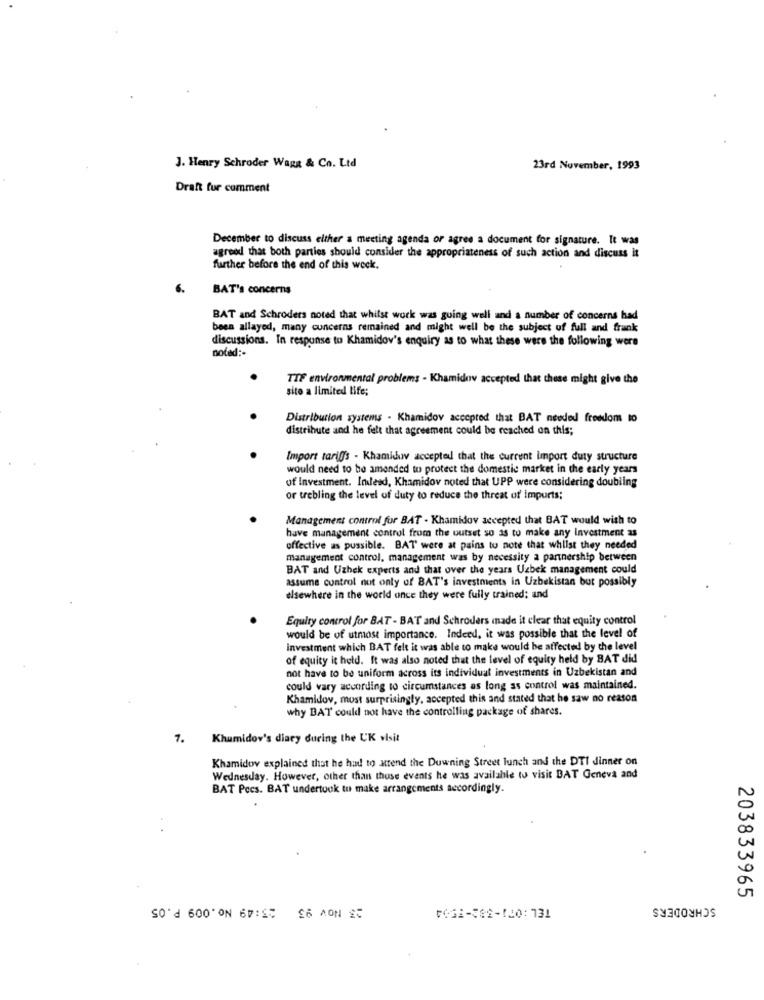
J. Henry Schroder Wagg & Co. Ltd
23rd November, 1993
Draft fur comment
December to discuss either a meeting agenda or agree a document for signature. It was
agreed that both parties should consider the appropriateness of such action and discuss it
further before the end of this week.
6.
BAT's concerns
BAT and Schroders noted that whilst work was going well and a number of concerns had
been allayed, many concerns remained and might well be the subject of full and frank
discussions. In response to Khamidov's enquiry as to what these were the following were
noted :-
TIF environmental problems - Khamidov accepted that these might give the
sito a limited life;
Distribution systems - Khamidov accepted that BAT needed freedom to
distribute and he felt that agreement could be reached on this;
Import tariffs - Khamidv accepted that the current import duty structure
would need to be amended to protect the domestic market in the early years
of Investment. Indeed, Khamidov noted that UPP were considering doubling
or trebling the level of duty to reduce the threat of imports;
Management control for BAT - Khamidov accepted that BAT would with to
have management control from the outset so as to make any Investment as
offective as possible. BAT were at pains to note that whilst they needed
management control, management was by necessity a partnership between
BAT and Uzbek experts and that over the years Uzbek management could
assume control not only of BAT's investments in Uzbekistan but possibly
elsewhere in the world once they were fully trained; and
Equity control for BAT - BAT and Schroders made it clear that equity control
would be of utmost importance. Indeed, it was possible that the level of
investment which BAT felt it was able to make would be affected by the level
of equity it hold. It was also noted that the level of equity held by BAT did
not have to be uniform across its individual investments in Uzbekistan and
could vary according to circumstances as long as control was maintained.
Khamidov, most surprisingly, accepted this and stated that he saw no reason
why BAT could not have the controlling package of shares.
7. Khumidov's diary during the UK visit
Khamidov explained that he had to attend the Downing Street lunch and the DTI dinner on
Wednesday. However, other than those events he was available to visit BAT Geneva and
BAT Pecs. BAT undertook to make arrangements accordingly.
SCHRODERS
203833965